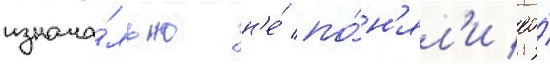
изнача́льно н'е́ по́н'ял'и ео́